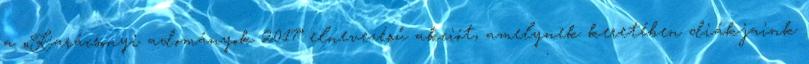
a „Karácsonyi adományok 2017” elnevezésű akciót, amelynek keretében diákjaink